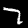
Label: 7